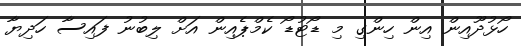
ހޯޅުދޫއިން އިން ހިންގި މި ޑޯޓުޑޯ ކެމްޕެއިން އަށް ލިބުނު ފައިސާ ހަދިޔާ